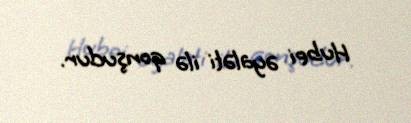
Hubei əyaləti ilə qonşudur.